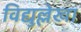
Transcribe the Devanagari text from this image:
विद्युल्लेखा